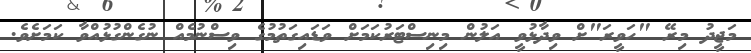
މަޖީދު މިރޭ "ހަވީރަ"ށް ވިދާޅުވީ އަލުން މިނިސްޓަރުކަމަށް ވަޑައިގަތުމުގެ ވިސްނުމެއް ނުގެންގުޅުއްވާ ކަމަށެވެ.